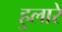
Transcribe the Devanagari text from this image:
हुलारे